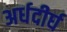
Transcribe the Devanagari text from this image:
अर्धदीर्घ